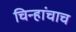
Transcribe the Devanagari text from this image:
चिन्हांचाच